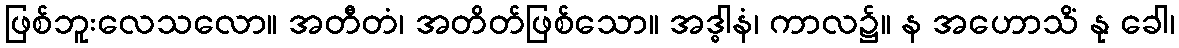
ဖြစ်ဘူးလေသလော။ အတီတံ၊ အတိတ်ဖြစ်သော။ အဒ္ဓါနံ၊ ကာလ၌။ န အဟောသိံ နု ခေါ၊